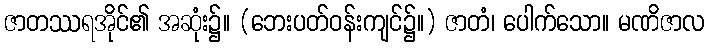
ဇာတဿရအိုင်၏ အဆုံး၌။ (ဘေးပတ်ဝန်းကျင်၌။) ဇာတံ၊ ပေါက်သော။ မဏိဇာလ